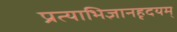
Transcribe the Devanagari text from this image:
प्रत्याभिज्ञानहृदयम्